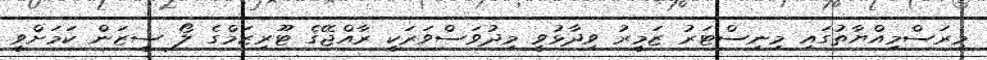
މިރަސްމިއްޔާތުގައި މިނިސްޓަރު ޒަމީރު ވިދާޅުވީ މިދުވަސްވަރަކީ ރާއްޖޭގެ ޓޫރިޒަމްގެ ލޯ ސީޒަން ކަމަށްވީ